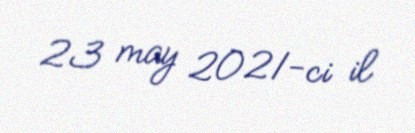
23 may 2021-ci il